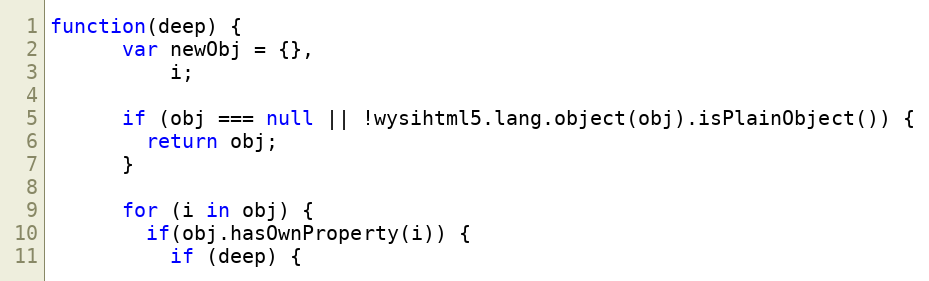
Language: JavaScript
function(deep) {
      var newObj = {},
          i;

      if (obj === null || !wysihtml5.lang.object(obj).isPlainObject()) {
        return obj;
      }

      for (i in obj) {
        if(obj.hasOwnProperty(i)) {
          if (deep) {